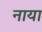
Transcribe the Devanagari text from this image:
नाया